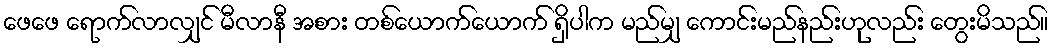
ဖေဖေ ရောက်လာလျှင် မီလာနီ အစား တစ်ယောက်ယောက် ရှိပါက မည်မျှ ကောင်းမည်နည်းဟုလည်း တွေးမိသည်။